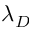
\lambda _ { D }